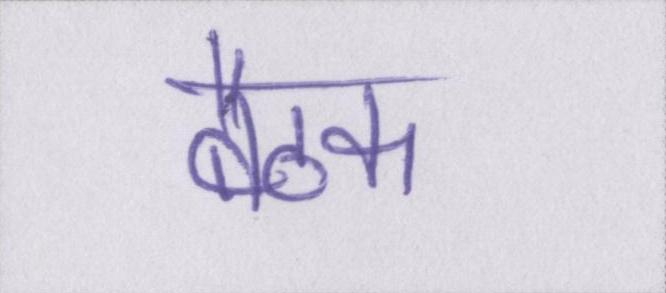
बैठक